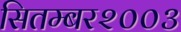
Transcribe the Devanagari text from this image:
सितम्बर२००३